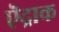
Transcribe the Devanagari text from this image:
ऎद्राक